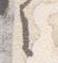
之